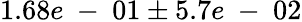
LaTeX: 1.68e\mathrm{~-~}01\pm 5.7e\mathrm{~-~}02